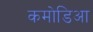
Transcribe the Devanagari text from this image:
कमोडिआ